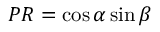
P R = \cos \alpha \sin \beta